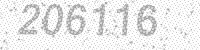
Solution: 206116